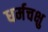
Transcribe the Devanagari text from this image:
धर्मचक्षु